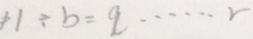
1 1 \div b = q \cdots r